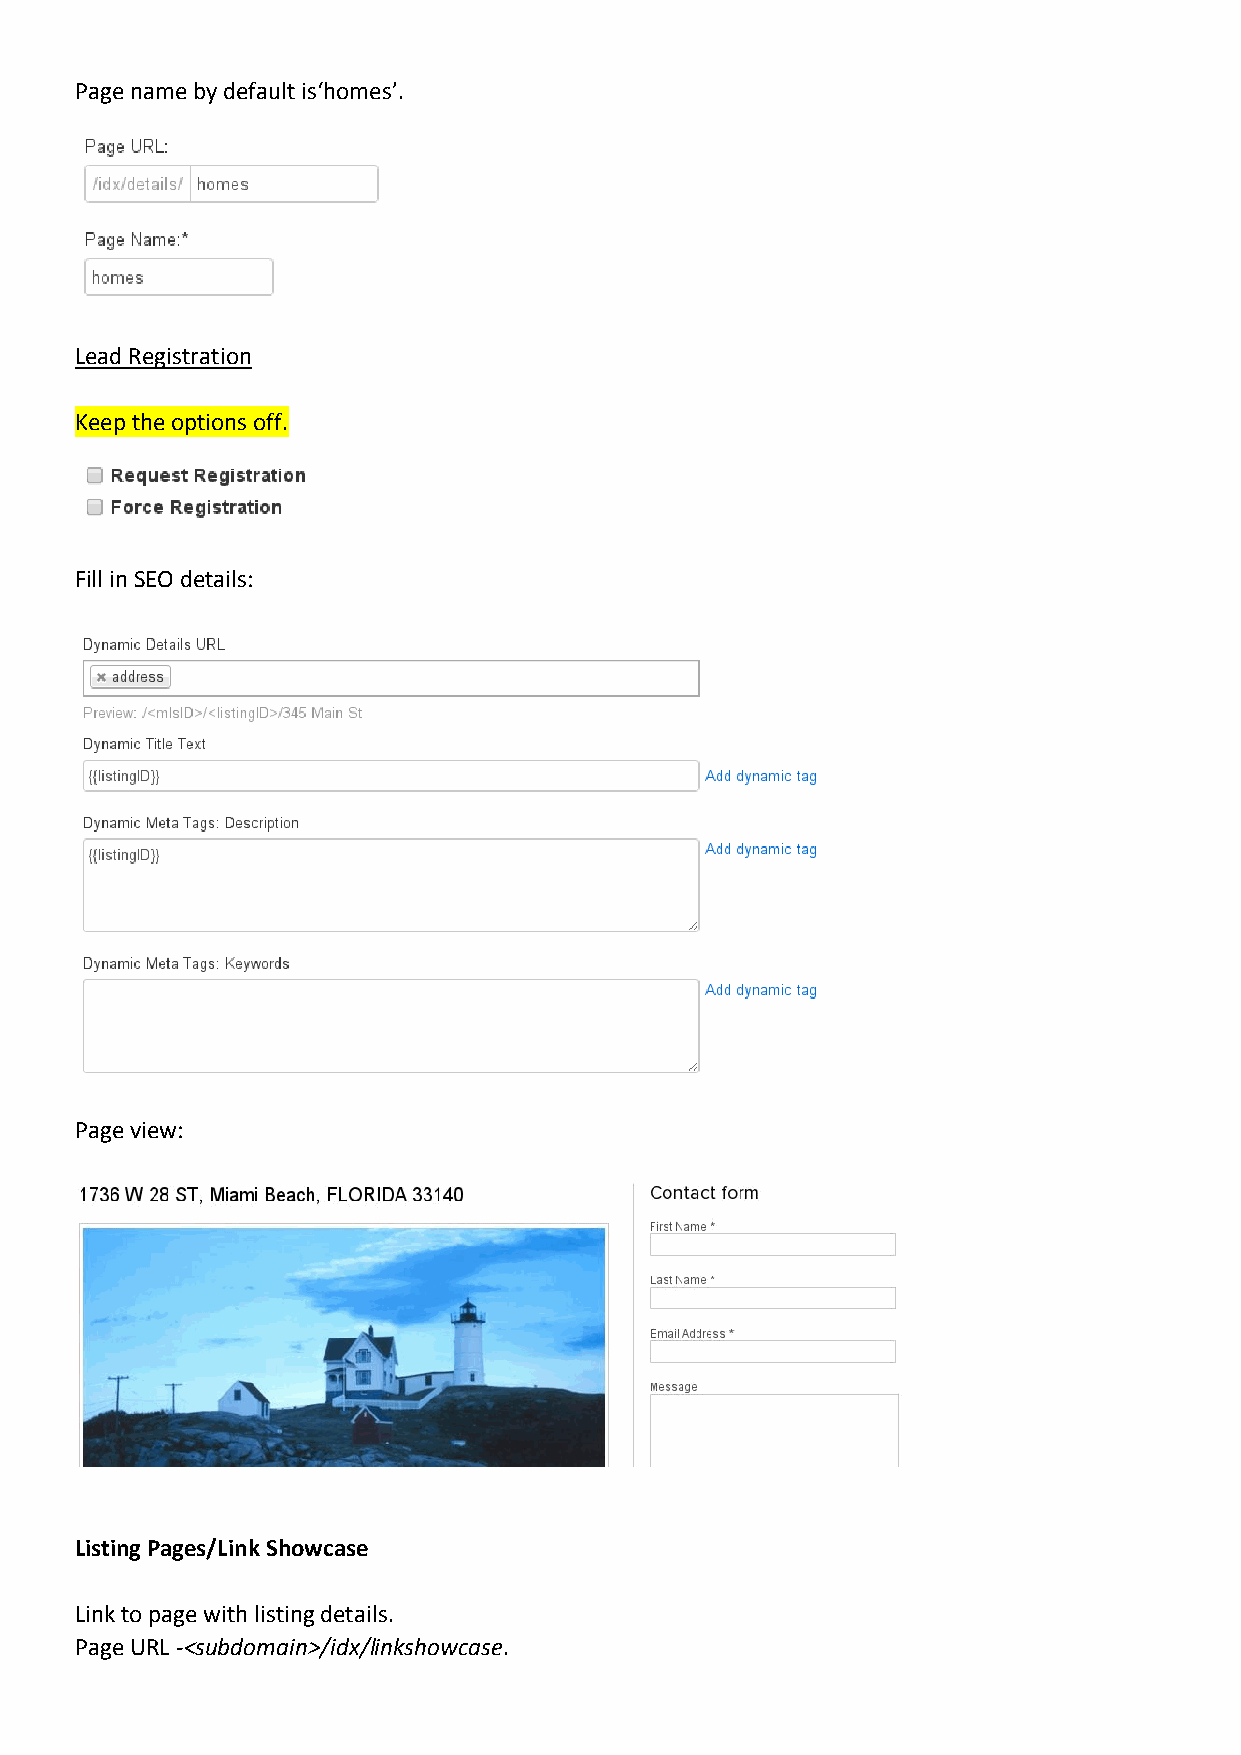
Page name by default is‘homes’.
 Lead Registration
 Keep the options off.
 Fill in SEO details:
 Page view:
 Listing Pages/Link Showcase
 Link to page with listing details.
 Page URL -<subdomain>/idx/linkshowcase.